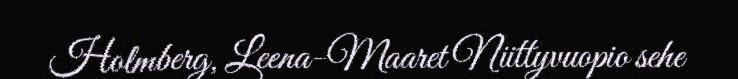
Holmberg, Leena-Maaret Niittyvuopio sehe